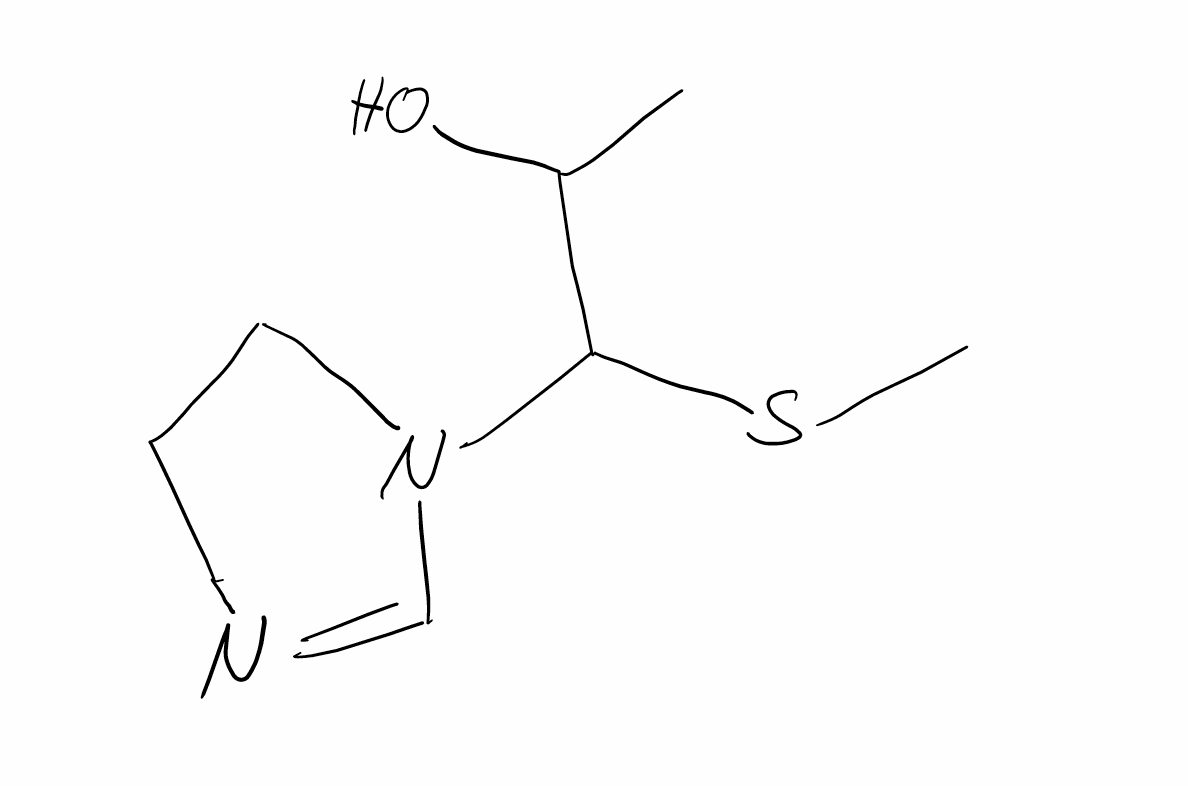
Simplified molecular-input line-entry system (SMILES) notation of the given molecule:
CC(C(N1CCN=C1)SC)O